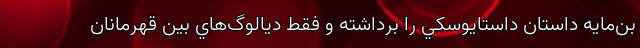
بن‌مايه داستان داستايوسكي را برداشته و فقط ديالوگ‌هاي بين قهرمانان